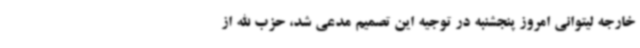
خارجه لیتوانی امروز پنجشنبه در توجیه این تصمیم مدعی شد، حزب الله از